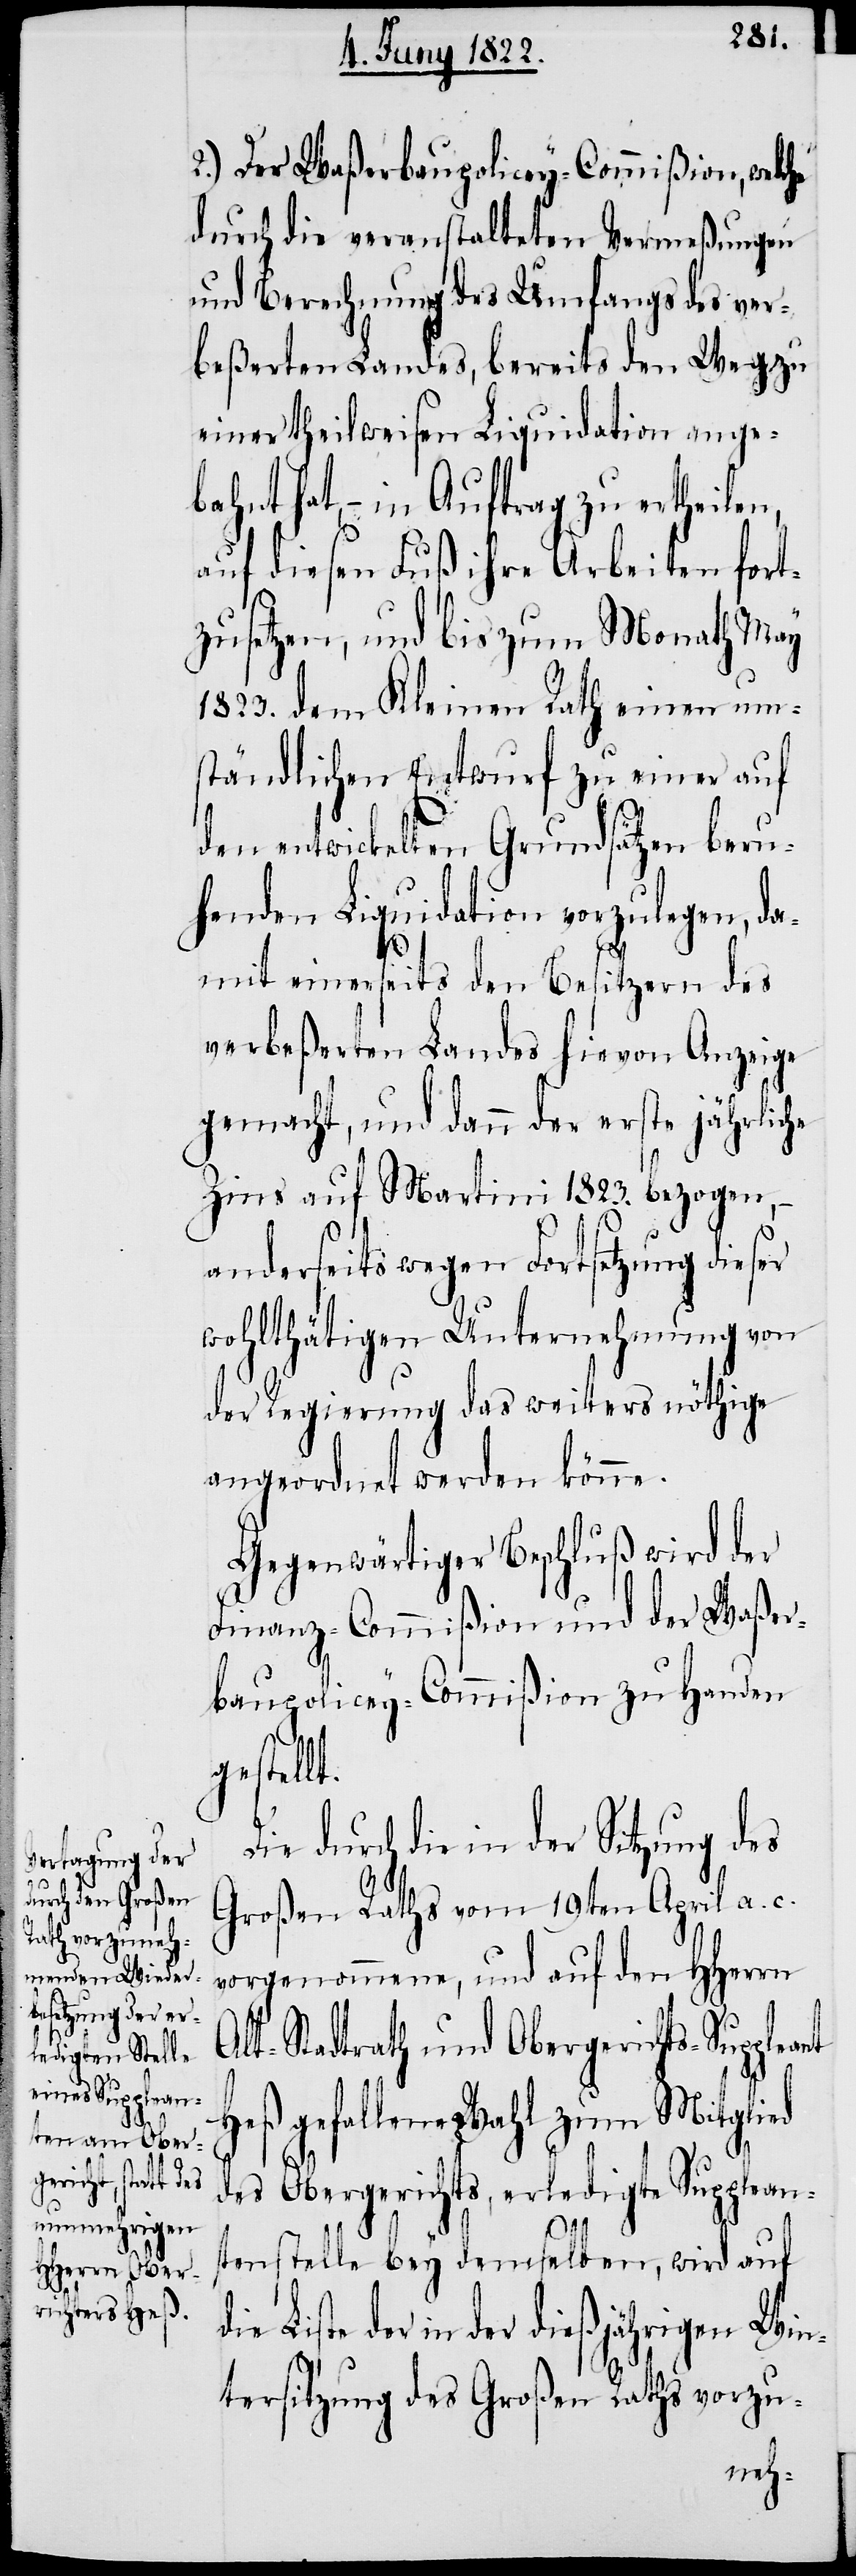
t.

2.) Der Waßerbaupolicey-Commißion, welc¬
durch die veranstalteten Vermeßungen
und Berechnung des Umfangs des ver¬
beßerten Landes, bereits den Weg zu
einer theilweisen Liquidation ange¬
bahnt hat, – in Auftrag zu ertheilen,
auf diesen Fuß ihre Arbeiten fort¬
zusetzen, und bis zum Monath May
1823. dem Kleinen Rath einen um¬
ständlichen Entwurf zu einer auf
den entwickelten Grundsätzen beru¬
henden Liquidation vorzulegen, da¬
mit einerseits den Besitzern des
verbeßerten Landes hievon Anzeige
gemacht, und dann der erste jährliche
Zins auf Martini 1823. bezogen,
ant
anderseits wegen Fortsetzung diese
wohltäthigen Unternehmung von
der Regierung des weiters nöthige
angeordnet werden könne.
Gegenwärtiger Beschluß wird der
Finanz-Commißion und der Waßer¬
baupolicey-Commißion zu Handen
gestell¬
Die durch die in der Sitzung des
Großen Raths vom 19ten April a. c.
vorgenommene, und auf den HHerrn
Alt-Stadtrath und Obergerichts-Supple¬
Heß gefallene Wahl zum Mitglied
des Obergerichts, erledigte Supplean¬
tenstelle bey demselben, wird auf
Liste der in der dießjährigen Win¬
tersitzung des Großen Raths vorzu-